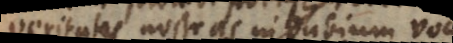
veritates nostras in dubium vocet